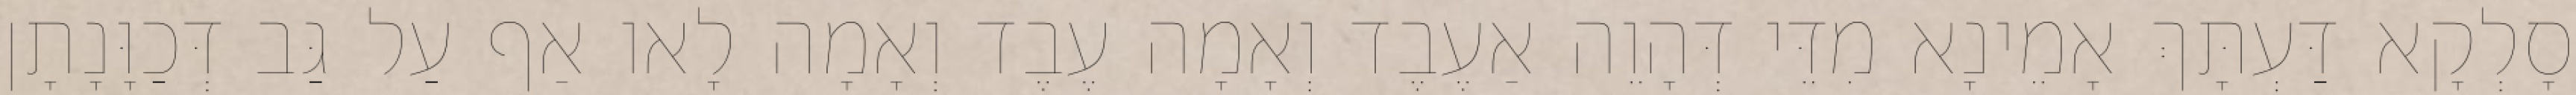
סָלְקָא דַּעְתָּךְ אָמֵינָא מִדֵּי דְּהָוֵה אַעֶבֶד וְאָמָה עֶבֶד וְאָמָה לָאו אַף עַל גַּב דְּכַוָּנָתָן